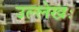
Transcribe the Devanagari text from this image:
उल्लेखः